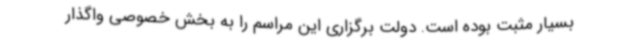
بسیار مثبت بوده است. دولت برگزاری این مراسم را به بخش خصوصی واگذار